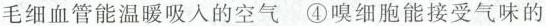
毛细血管能温暖吸入的空气 ④嗅细胞能接受气味的